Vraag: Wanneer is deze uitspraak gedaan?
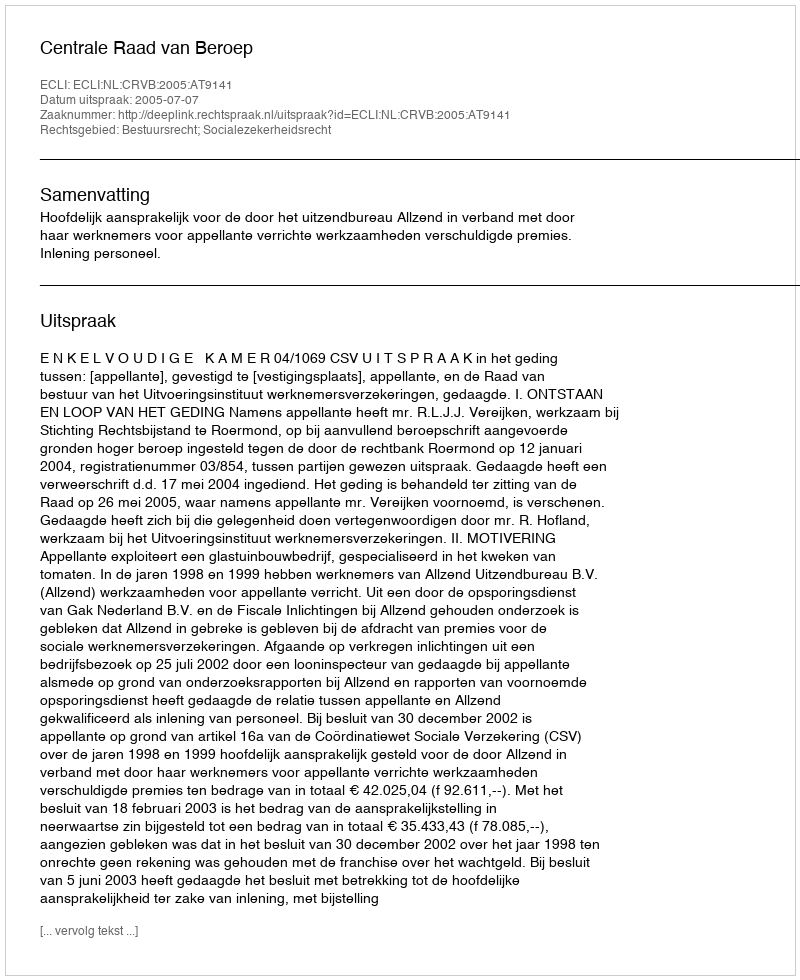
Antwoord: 2005-07-07